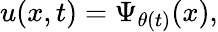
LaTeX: u(x,t)=\Psi_{\theta(t)}(x),